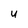
Character: u